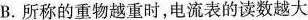
B.所称的重物越重时，电流表的读数越大